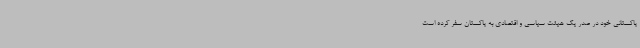
پاکستانی خود در صدر یک هیئت سیاسی و اقتصادی به پاکستان سفر کرده است